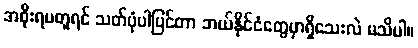
အစိုးရမတူရင် သတ်ပုံပါပြင်တာ ဘယ်နိုင်ငံတွေမှာရှိသေးလဲ မသိပါ။